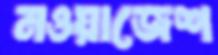
নওয়াজেশ